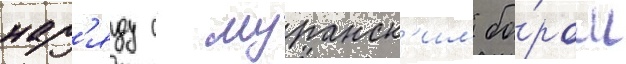
нар'яду с муранск'им бо́ром